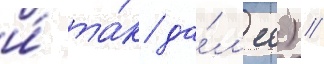
и́ та́к да́л'ее) /